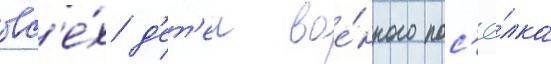
вс'е́х д'ет'еи вое́нного пос'ё́лка